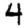
Digit: 4